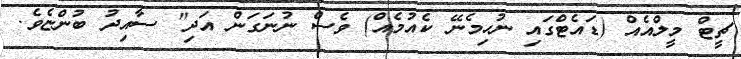
ޗީޓް މީލްއެއް (ޑައެޓްގައި ނުހިމެނޭ ކެއުމެއް) ވެސް ނުނަގަން އަދި" ސާއިދު ބުންޏެވެ.